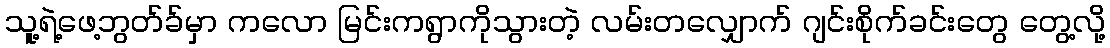
သူ့ရဲ့ဖေ့ဘွတ်ခ်မှာ ကလော မြင်းကရွာကိုသွားတဲ့ လမ်းတလျှောက် ဂျင်းစိုက်ခင်းတွေ တွေ့လို့